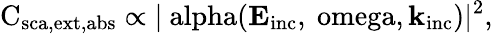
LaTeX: \mathrm{C_{\mathrm{{sca},\mathrm{{ext},\mathrm{{abs}}}}}\propto|\ alpha(\mathbf{E}_{\mathrm{{inc}}},\ omega,\mathbf{k}_{\mathrm{{inc}}})|^{2},}